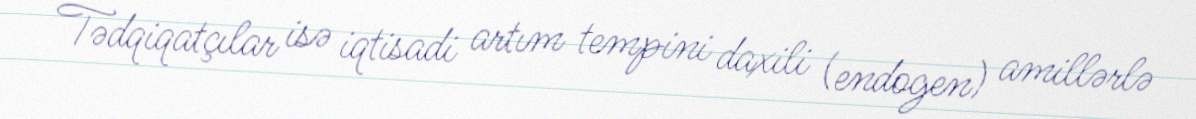
Tədqiqatçılar isə iqtisadi artım tempini daxili (endogen) amillərlə